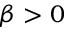
\beta > 0